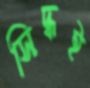
সিদ্ধই